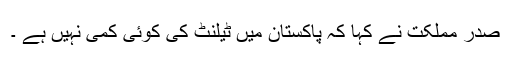
صدر مملکت نے کہا کہ پاکستان میں ٹیلنٹ کی کوئی کمی نہیں ہے ۔